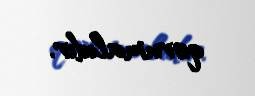
qorumalıdır.